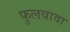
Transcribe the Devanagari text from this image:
फुलवावा